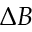
\Delta B